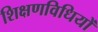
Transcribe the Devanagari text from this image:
शिक्षणविधियों